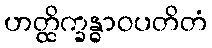
ဟတ္ထိက္ခန္ဓာဝပတိတံ